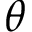
\theta